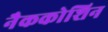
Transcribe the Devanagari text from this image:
नैककोशिन